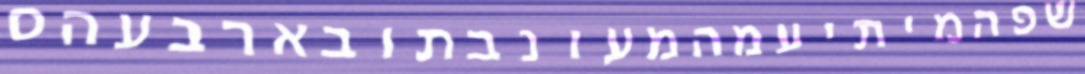
שפהמיתיעמהמעונבתובארבעהס